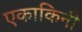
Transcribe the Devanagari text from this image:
एकाकिनी